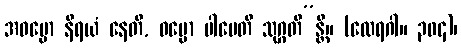
အဓမ္မော နိရယံ နေတိ, ဓမ္မော ပါပေတိ သုဂ္ဂတိ”န္တိ။ (ထေရဂါ။ ၃၀၄)၊